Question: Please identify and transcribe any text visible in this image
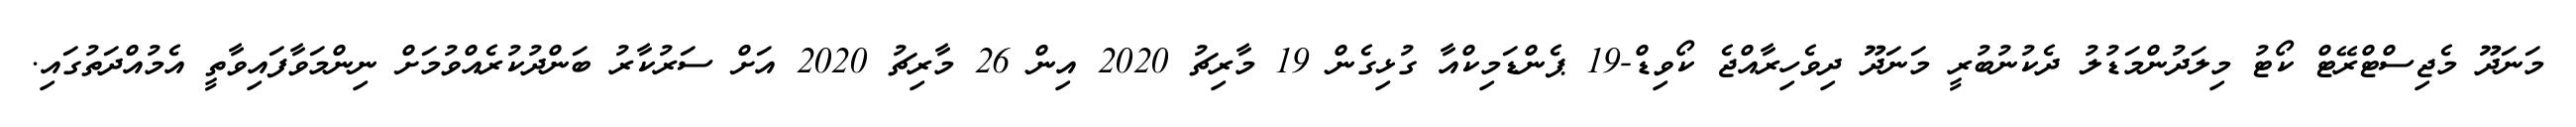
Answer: މަނަދޫ މެޖިސްޓްރޭޓް ކޯޓު މިލަދުންމަޑުލު ދެކުނުބުރީ މަނަދޫ ދިވެހިރާއްޖެ ކޯވިޑް-19 ޕެންޑަމިކްއާ ގުޅިގެން 19 މާރިޗު 2020 އިން 26 މާރިޗު 2020 އަށް ސަރުކާރު ބަންދުކުރެއްވުމަށް ނިންމަވާފައިވާތީ އެމުއްދަތުގައި.